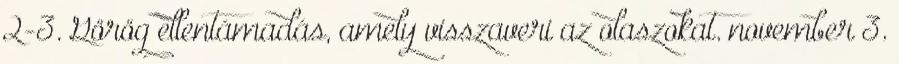
2-3. Görög ellentámadás, amely visszaveri az olaszokat. november 3.